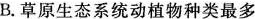
B.草原生态系统动植物种类最多